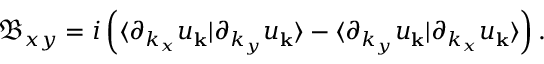
\mathfrak { B } _ { x y } = i \left( \langle \partial _ { k _ { x } } u _ { \mathbf { k } } | \partial _ { k _ { y } } u _ { \mathbf { k } } \rangle - \langle \partial _ { k _ { y } } u _ { \mathbf { k } } | \partial _ { k _ { x } } u _ { \mathbf { k } } \rangle \right) .